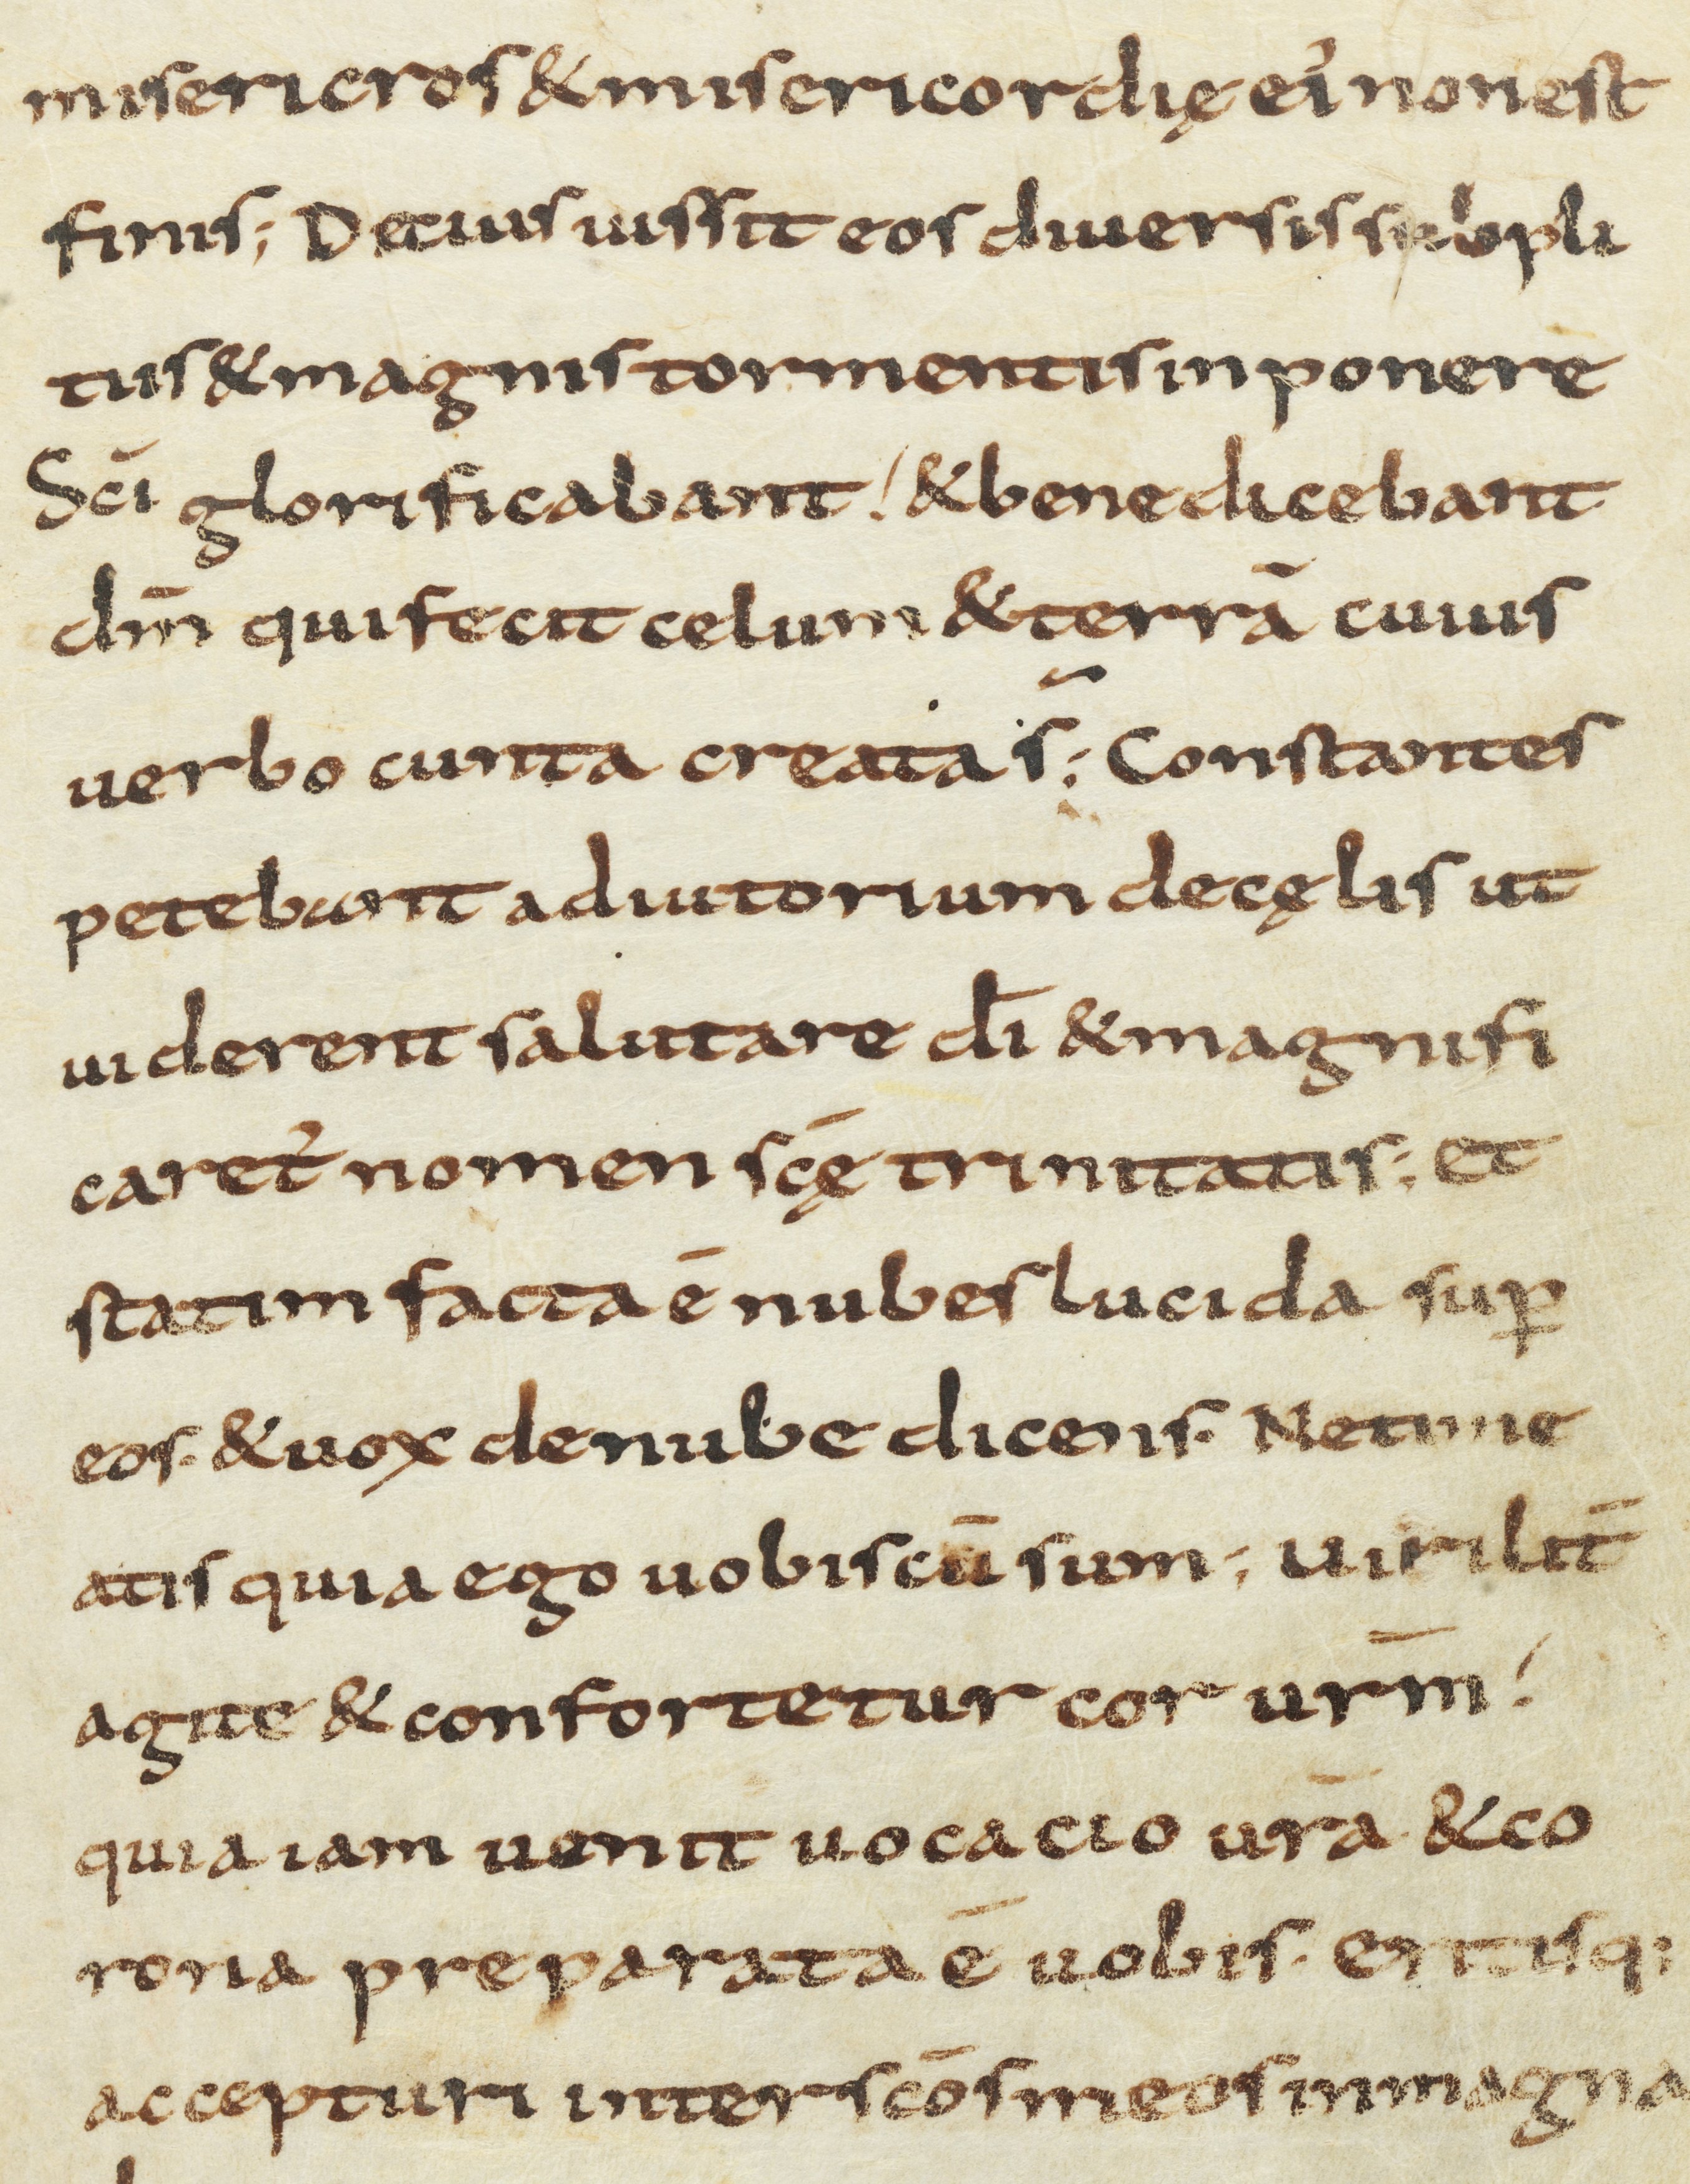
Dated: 850–899